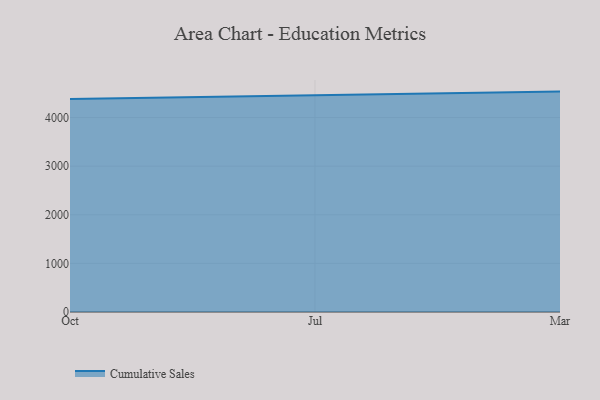
{"axis": {"x": "Month", "y": "Budget (USD K)"}, "legend": ["Cumulative Sales"], "data": [{"x": "Oct", "y": 4382.4, "type": "Cumulative Sales"}, {"x": "Jul", "y": 4457.8, "type": "Cumulative Sales"}, {"x": "Mar", "y": 4533.9, "type": "Cumulative Sales"}]}